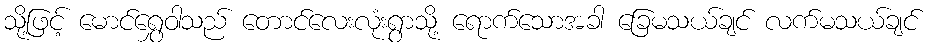
သို့ဖြင့် မောင်ရွှေဝါသည် တောင်လေးလုံးရွာသို့ ရောက်သောအခါ ခြေမသယ်ချင် လက်မသယ်ချင်